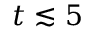
t \lesssim 5